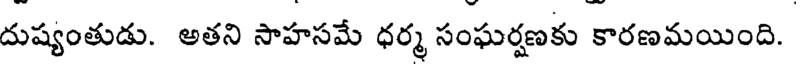
దుష్యంతుడు. అతని సాహసమే ధర్మ సంఘర్షణకు కారణమయింది.